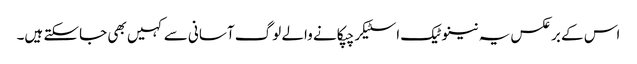
اس کے برعکس یہ نینوٹیک اسٹیکر چپکانے والے لوگ آسانی سے کہیں بھی جاسکتے ہیں۔